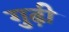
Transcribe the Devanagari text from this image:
गुढ़ी